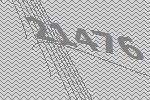
21476